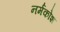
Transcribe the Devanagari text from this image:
नर्मकोश